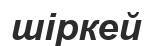
шіркей